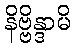
နိဗ္ဗိန္ဒာမိ